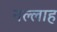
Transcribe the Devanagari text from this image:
नल्‍लाह